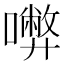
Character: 𡃇